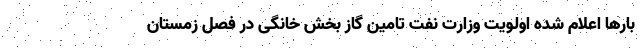
بارها اعلام شده اولویت وزارت نفت تامین گاز بخش خانگی در فصل زمستان